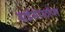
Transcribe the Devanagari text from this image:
ट्राईसेराटॉप्स